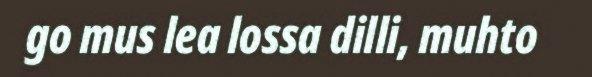
go mus lea lossa dilli, muhto